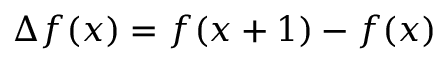
\Delta f ( x ) = f ( x + 1 ) - f ( x )